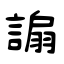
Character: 謆